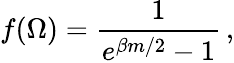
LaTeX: f(\Omega)=\frac{1}{e^{\beta m/2}-1}\, ,